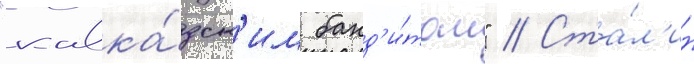
"кавка́зск'им банд'и́том" // Ста́л'ин